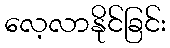
လေ့လာနိုင်ခြင်း